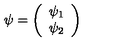
\psi = \left( \begin{array} { c } { \psi _ { 1 } } \\ { \psi _ { 2 } } \\ \end{array} \right)